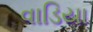
વાડિયા